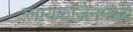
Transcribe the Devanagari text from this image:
ग्लायकोजेनमध्ये